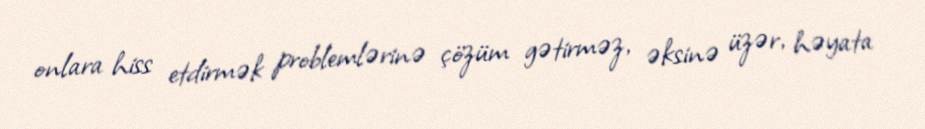
onlara hiss etdirmək problemlərinə çözüm gətirməz, əksinə üzər, həyata